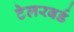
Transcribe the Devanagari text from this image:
टेलरबर्ड